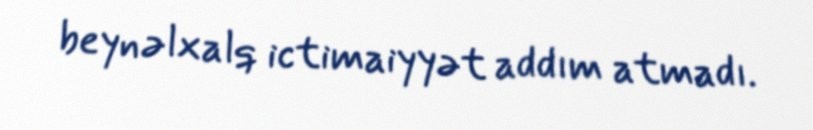
beynəlxalq ictimaiyyət addım atmadı.